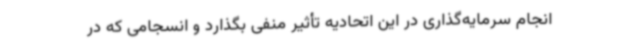
انجام سرمایه‌گذاری در این اتحادیه تأثیر منفی بگذارد و انسجامی که در